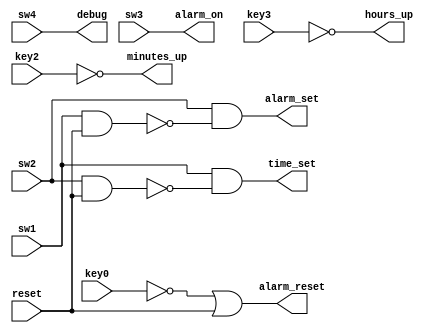
module ControlInterface(
	reset,
	sw1,
	sw2,
	sw3,
	sw4,
	key0,
	key2,
	key3,
	time_set,
	alarm_set,
	minutes_up,
	hours_up,
	alarm_on,
	alarm_reset,
	debug
);

// These should probably be debounced

input reset;
input sw1;
input sw2;
input sw3;
input sw4;
input key0;
input key2;
input key3;

output time_set;
output alarm_set;
output minutes_up;
output hours_up;
output alarm_on;
output alarm_reset;
output debug;

assign time_set = sw1 && !(sw2 && reset);
assign alarm_set = sw2 & !(sw1 && reset);
assign minutes_up = !key2;
assign hours_up = !key3;
assign alarm_on = sw3;
assign alarm_reset = !key0 || reset;
assign debug = sw4;

endmodule